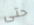
حتى